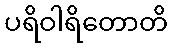
ပရိဝါရိတောတိ